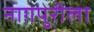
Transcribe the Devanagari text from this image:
नागपुरीला